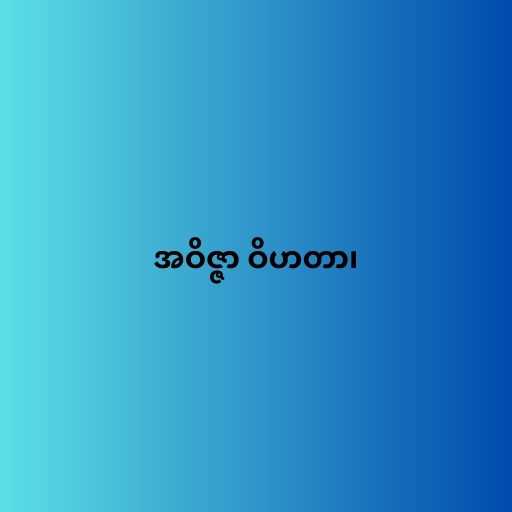
အဝိဇ္ဇာ ဝိဟတာ၊